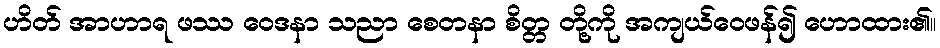
ဟိတ် အာဟာရ ဖဿ ဝေဒနာ သညာ စေတနာ စိတ္တ တို့ကို အကျယ်ဝေဖန်၍ ဟောထား၏။